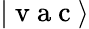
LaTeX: |\mathrm{~v~a~c~}\rangle